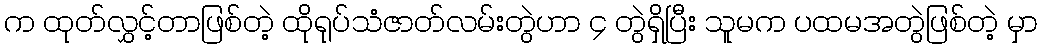
က ထုတ်လွှင့်တာဖြစ်တဲ့ ထိုရုပ်သံဇာတ်လမ်းတွဲဟာ ၄ တွဲရှိပြီး သူမက ပထမအတွဲဖြစ်တဲ့ မှာ